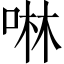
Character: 啉